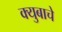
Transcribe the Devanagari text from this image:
क्युबाचे